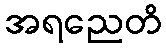
အရညေတိ